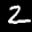
Label: 2